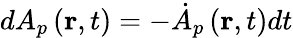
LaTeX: dA_{p}\left(\mathbf{r},t\right)=-\dot{A}{}_{p}\left(\mathbf{r},t\right)dt